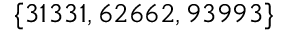
\{ 3 1 3 3 1 , 6 2 6 6 2 , 9 3 9 9 3 \}